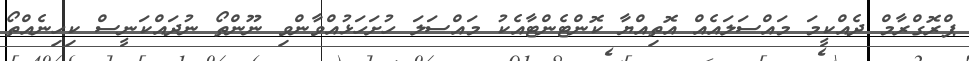
ޕްރޮގްރާމް ދެއްކީމަ މައްސަލައެއް އޮތިއްޔާ ކޮންޓެންޓާއެކު މައްސަލަ ހުށަހަޅުއްވާންވި ނޫންތޯ ނުދައްކަނީސް ކިހިނެއްތޯ